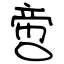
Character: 啻